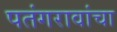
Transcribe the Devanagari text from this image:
पतंगरावांचा